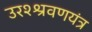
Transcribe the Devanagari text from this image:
उरश्श्रवणयंत्र